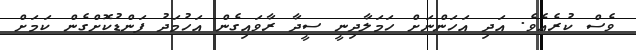
ވެސް ކުރެއެވެ. އަދި އަހަންނަށް ހަމަލާދިނީ ސީދާ ރާވައިގެން އަހުމަދު ފަންޑުކޮށްގެން ކަމަށް